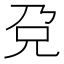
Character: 𰃋